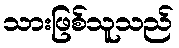
သားဖြစ်သူသည်